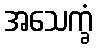
အသေက္ခံ